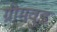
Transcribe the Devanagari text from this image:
ग्रीमवुड